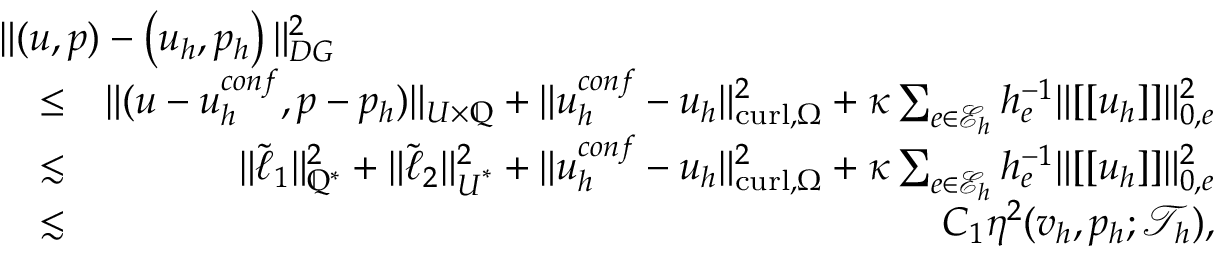
\begin{array} { r l r } { \lefteqn { \| ( \boldsymbol { u } , { p } ) - \left( \boldsymbol { u } _ { h } , { p } _ { h } \right) \| _ { D G } ^ { 2 } } } \\ & { \leq } & { \| ( \boldsymbol { u } - \boldsymbol { u } _ { h } ^ { c o n f } , { p } - { p } _ { h } ) \| _ { \boldsymbol { U } \times \mathbb { Q } } + \| \boldsymbol { u } _ { h } ^ { c o n f } - \boldsymbol { u } _ { h } \| _ { \mathrm { c u r l } , \Omega } ^ { 2 } + \kappa \sum _ { e \in \mathcal { E } _ { h } } h _ { e } ^ { - 1 } \| [ [ \boldsymbol { u } _ { h } ] ] \| _ { 0 , e } ^ { 2 } } \\ & { \lesssim } & { \| \tilde { \ell } _ { 1 } \| _ { \mathbb { Q } ^ { * } } ^ { 2 } + \| \tilde { \ell } _ { 2 } \| _ { \boldsymbol { U } ^ { * } } ^ { 2 } + \| \boldsymbol { u } _ { h } ^ { c o n f } - \boldsymbol { u } _ { h } \| _ { \mathrm { c u r l } , \Omega } ^ { 2 } + \kappa \sum _ { e \in \mathcal { E } _ { h } } h _ { e } ^ { - 1 } \| [ [ \boldsymbol { u } _ { h } ] ] \| _ { 0 , e } ^ { 2 } } \\ & { \lesssim } & { C _ { 1 } \eta ^ { 2 } ( \boldsymbol { v } _ { h } , p _ { h } ; \mathcal { T } _ { h } ) , } \end{array}